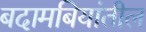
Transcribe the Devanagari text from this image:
बदामबियांतील